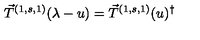
\vec { T } ^ { ( 1 , s , 1 ) } ( \lambda - u ) = { \vec { T } ^ { ( 1 , s , 1 ) } } ( u ) ^ { \dagger }